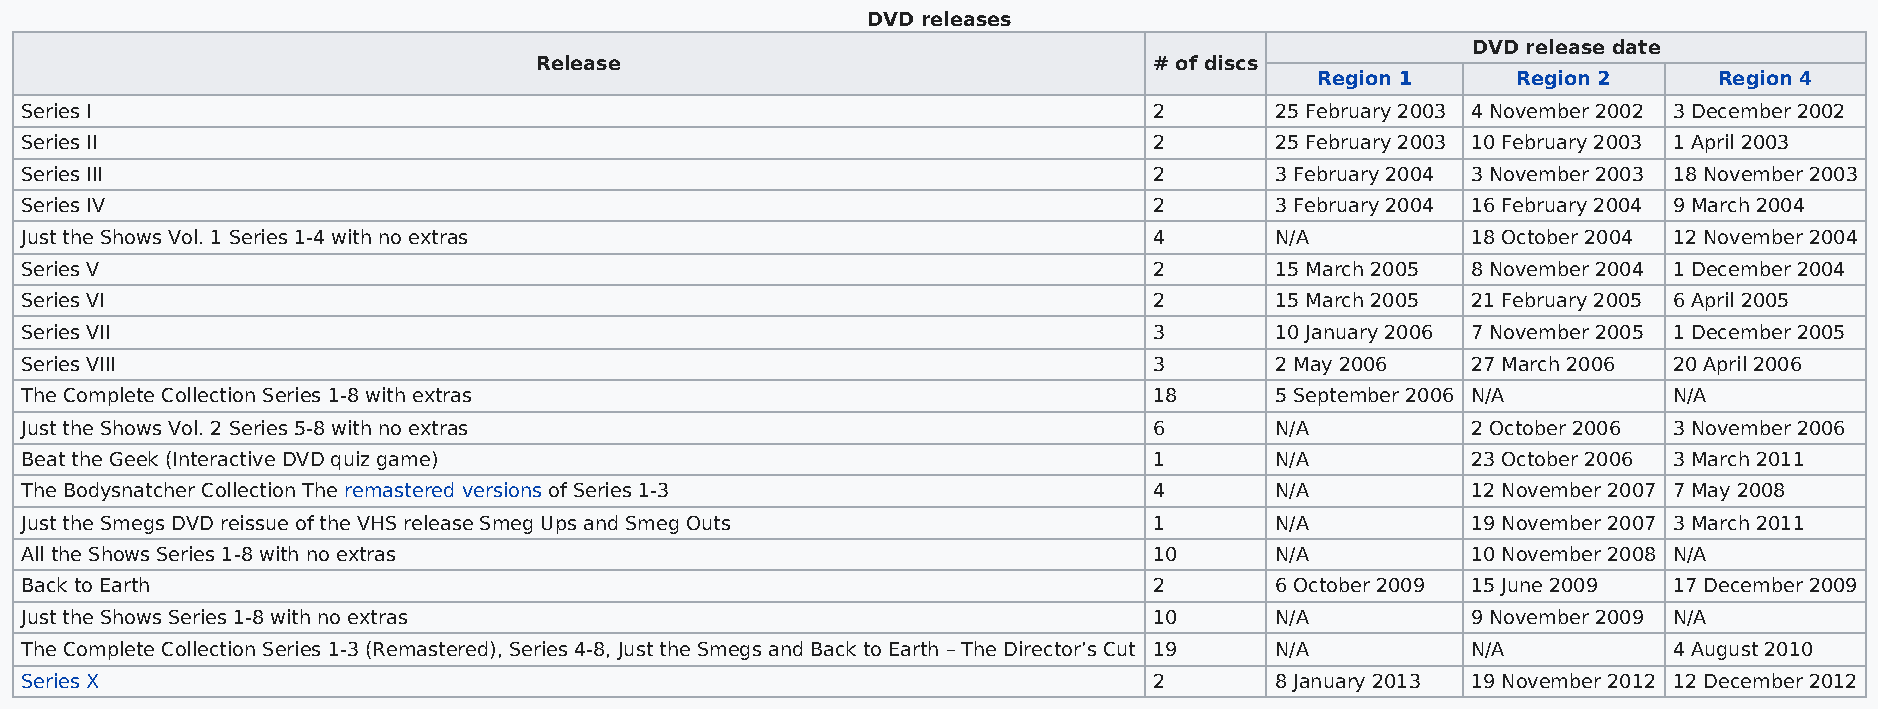
DVD releases
 DVD release date
 Release                                  # of discs
 Region 1     Region 2      Region 4
 Series I                                                                   2       25 February 2003 4 November 2002 3 December 2002
 Series II                                                                  2       25 February 2003 10 February 2003 1 April 2003
 Series III                                                                 2       3 February 2004 3 November 2003 18 November 2003
 Series IV                                                                  2       3 February 2004 16 February 2004 9 March 2004
 Just the Shows Vol. 1 Series 1-4 with no extras                            4       N/A          18 October 2004 12 November 2004
 Series V                                                                   2       15 March 2005 8 November 2004 1 December 2004
 Series VI                                                                  2       15 March 2005 21 February 2005 6 April 2005
 Series VII                                                                 3       10 January 2006 7 November 2005 1 December 2005
 Series VIII                                                                3       2 May 2006   27 March 2006 20 April 2006
 The Complete Collection Series 1-8 with extras                             18      5 September 2006 N/A       N/A
 Just the Shows Vol. 2 Series 5-8 with no extras                            6       N/A          2 October 2006 3 November 2006
 Beat the Geek (Interactive DVD quiz game)                                  1       N/A          23 October 2006 3 March 2011
 The Bodysnatcher Collection The remastered versions of Series 1-3          4       N/A          12 November 2007 7 May 2008
 Just the Smegs DVD reissue of the VHS release Smeg Ups and Smeg Outs       1       N/A          19 November 2007 3 March 2011
 All the Shows Series 1-8 with no extras                                    10      N/A          10 November 2008 N/A
 Back to Earth                                                              2       6 October 2009 15 June 2009 17 December 2009
 Just the Shows Series 1-8 with no extras                                   10      N/A          9 November 2009 N/A
 The Complete Collection Series 1-3 (Remastered), Series 4-8, Just the Smegs and Back to Earth – The Director’s Cut 19 N/A N/A 4 August 2010
 Series X                                                                   2       8 January 2013 19 November 2012 12 December 2012